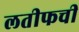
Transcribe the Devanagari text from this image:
लतीफची